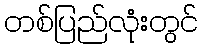
တစ်ပြည်လုံးတွင်